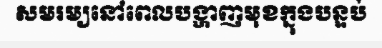
សមរម្យនៅពេលបង្ហាញមុខក្នុងបន្ទប់